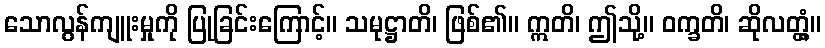
သောလွန်ကျူးမှုကို ပြုခြင်းကြောင့်။ သမုဋ္ဌာတိ၊ ဖြစ်၏။ ဣတိ၊ ဤသို့။ ဝက္ခတိ၊ ဆိုလတ္တံ့။